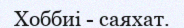
Хоббиі - саяхат.